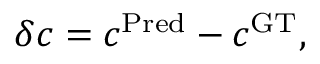
\delta c = c ^ { \mathrm { P r e d } } - c ^ { \mathrm { G T } } ,